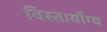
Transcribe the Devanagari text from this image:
विस्तार्योग्य